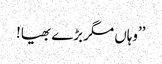
’’وہاں مگر بڑے بھیا!